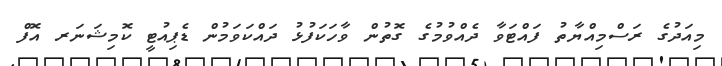
މިއަދުގެ ރަސްމިއްޔާތު ފައްޓަވާ ދެއްވުމުގެ ގޮތުން ވާހަކަފުޅު ދައްކަވަމުން ޑެޕިއުޓީ ކޮމިޝަނަރ އޮފް